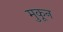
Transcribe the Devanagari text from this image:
मुकून